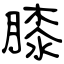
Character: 膝